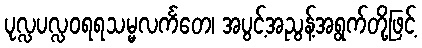
ပုလ္လပလ္လဝရရသမ္မလင်္ကတေ၊ အပွင့်အညွန့်အရွက်တို့ဖြင့်